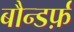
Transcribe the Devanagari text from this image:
बौन्डर्फ़